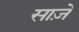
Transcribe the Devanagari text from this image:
साज़े